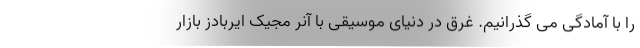
را با آمادگی می گذرانیم. غرق در دنیای موسیقی با آنر مجیک ایربادز بازار